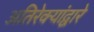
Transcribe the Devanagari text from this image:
अतिरेक्यांद्वारे